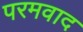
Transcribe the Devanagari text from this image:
परमवाद